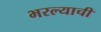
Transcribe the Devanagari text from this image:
भरल्याची